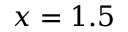
x = 1 . 5